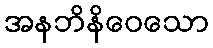
အနဘိနိဝေသော